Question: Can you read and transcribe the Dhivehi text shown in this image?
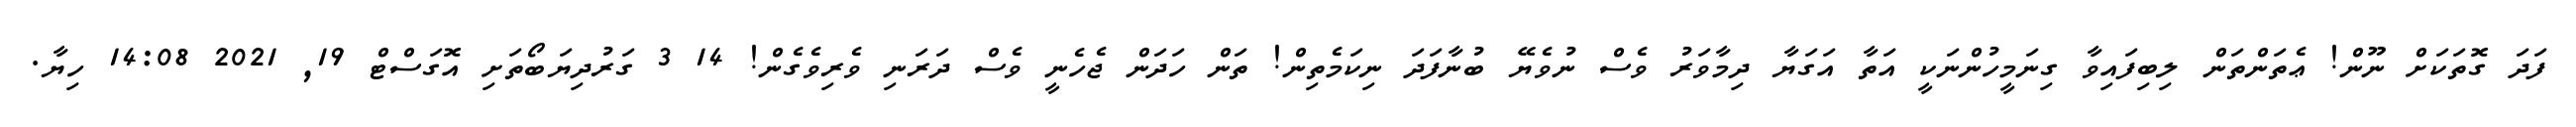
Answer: ފަދަ ގޮތަކަށް ނޫން! ޢެތަންތަން ލިބިފައިވާ ގިނަމީހުންނަކީ އަތާ އަގަޔާ ދިމާވަރު ވެސް ނުވެޔޭ ބުނާފަދަ ނިކަމެތިން! ތަން ހަދަން ޖެހެނީ ވެސް ދަރަނި ވެރިވެގެން! 14 3 ގަރުދިޔަބޯތަށި އޮގަސްޓް 19, 2021 14:08 ހިޔާ.